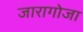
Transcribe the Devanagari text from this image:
जारागोजा